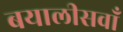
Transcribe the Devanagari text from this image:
बयालीसवाँ